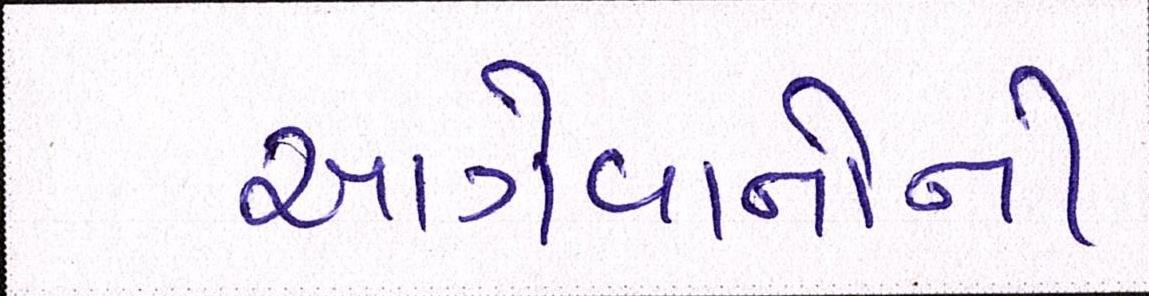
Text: આગેવાનોની